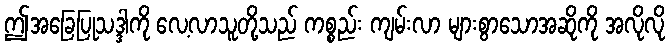
ဤအခြေပြုသဒ္ဒါကို လေ့လာသူတို့သည် ကစ္စည်း ကျမ်းလာ များစွာသောအဆိုကို အလိုလို